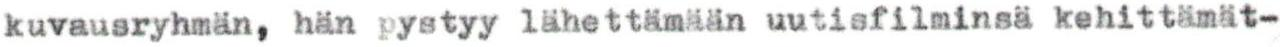
kuvausryhmän, hän pystyy lähettämään uutisfilminsä kehittämät-